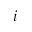
\c _ { i }